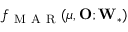
f _ { \mathrm { ~ M ~ A ~ R ~ } } ( \boldsymbol \mu , \mathbf O ; { \mathbf W } _ { * } )